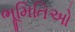
ભૂમિતિઓ